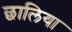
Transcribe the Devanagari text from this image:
छालिया